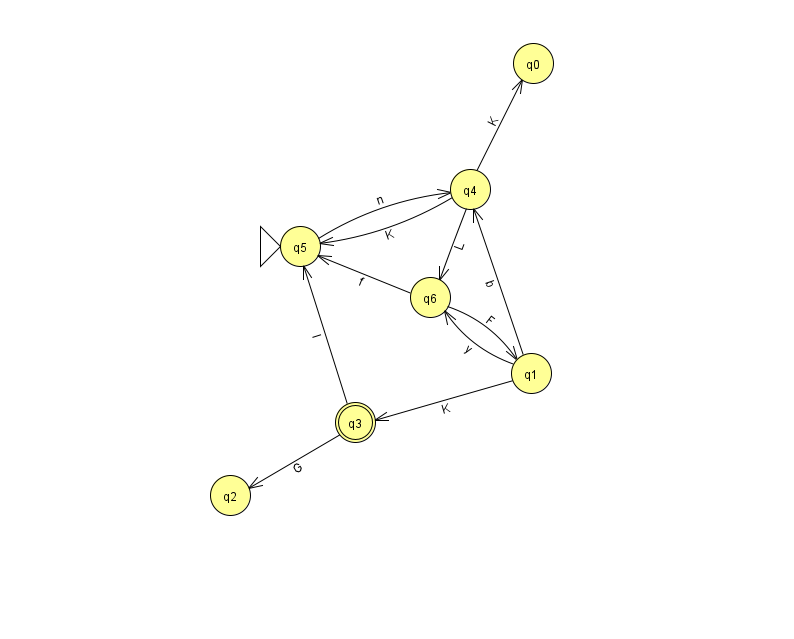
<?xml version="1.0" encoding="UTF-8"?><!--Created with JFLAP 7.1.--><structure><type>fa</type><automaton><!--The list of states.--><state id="0" name="q0"><x>533.0</x><y>50.0</y></state><state id="1" name="q1"><x>531.0</x><y>360.0</y></state><state id="2" name="q2"><x>230.0</x><y>482.0</y></state><state id="3" name="q3"><x>355.0</x><y>409.0</y><final/></state><state id="4" name="q4"><x>470.0</x><y>176.0</y></state><state id="5" name="q5"><x>300.0</x><y>233.0</y><initial/></state><state id="6" name="q6"><x>430.0</x><y>284.0</y></state><!--The list of transitions.--><transition><from>1</from><to>4</to><read>b</read></transition><transition><from>3</from><to>2</to><read>G</read></transition><transition><from>5</from><to>4</to><read>n</read></transition><transition><from>6</from><to>1</to><read>F</read></transition><transition><from>4</from><to>5</to><read>K</read></transition><transition><from>3</from><to>5</to><read>I</read></transition><transition><from>4</from><to>0</to><read>K</read></transition><transition><from>1</from><to>3</to><read>K</read></transition><transition><from>4</from><to>6</to><read>L</read></transition><transition><from>1</from><to>6</to><read>y</read></transition><transition><from>6</from><to>5</to><read>f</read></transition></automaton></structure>